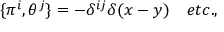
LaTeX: \{ \pi ^ { i } , \theta ^ { j } \} = - \delta ^ { i j } \delta ( x - y ) \ \ \ e t c . ,